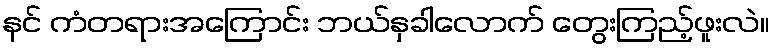
နင် ကံတရားအကြောင်း ဘယ်နှခါလောက် တွေးကြည့်ဖူးလဲ။